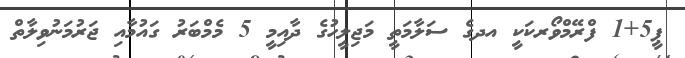
ޕީ5+1 ފްރޭމްވޯރކަކީ އދގެ ސަލާމަތީ މަޖިލީހުގެ ދާއިމީ 5 މެމްބަރު ގައުމާއި ޖަރުމަނުވިލާތް